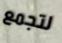
لتجمع